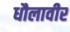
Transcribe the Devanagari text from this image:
धौलावीर